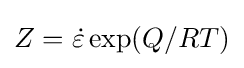
Z={\dot {\varepsilon }}\exp(Q/RT)